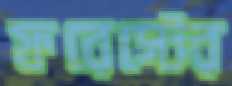
ফরেস্টের